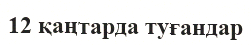
12 қаңтарда туғандар